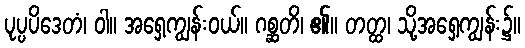
ပုပ္ပပိဒေတံ၊ ဝါ။ အရှေ့ကျွန်းဝယ်။ ဂစ္ဆတိ၊ ၏။ တတ္ထ၊ သို့အရှေ့ကျွန်း၌။